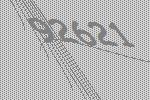
92621